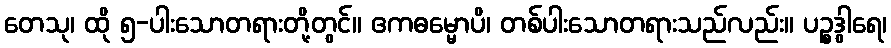
တေသု၊ ထို ၅-ပါးသောတရားတို့တွင်။ ဧကဓမ္မောပိ၊ တစ်ပါးသောတရားသည်လည်း။ ပဉ္စဒွါရေ၊